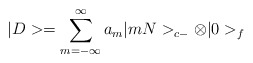
\begin{align*}|D> =\sum_{m=-\infty}^\infty a_m|mN>_{c -}\otimes |0>_f\end{align*}